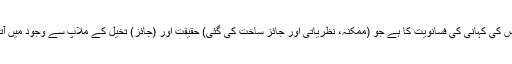
فرق اس کی کہانی کی فسانویت کا ہے جو (ممکنہ، نظریاتی اور جائز ساخت کی گئی) حقیقت اور (جائز) تخیل کے ملاپ سے وجود میں آتی ہے۔